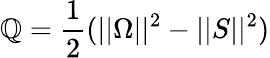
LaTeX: \mathbb{Q}=\frac{{1}}{{2}}(||\Omega||^{2}-||S||^{2})